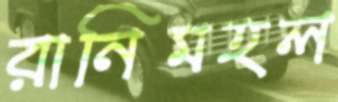
রানিমহল